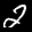
Label: 2